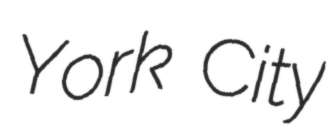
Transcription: York City